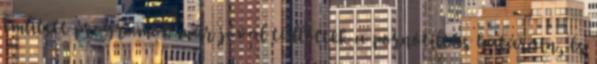
említett programok már jóval túllőttek a pornótiltás határain, és